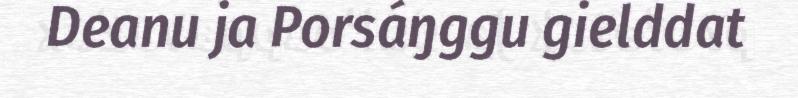
Deanu ja Porsáŋggu gielddat